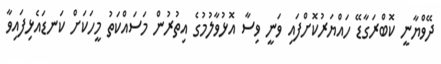
ދޭވްޔާނީ ކޮބްރަގާޑޭ ހައްޔަރުކޮށްފައި ވަނީ ވިސާ އޮޅުވާލުމުގެ އިތުރުން މަސައްކަތު މީހަކަށް ކަނޑައެޅިފައިވާ